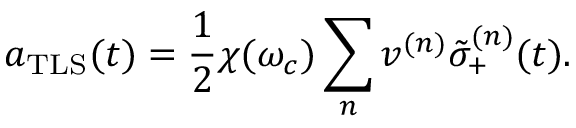
a _ { \mathrm { T L S } } ( t ) = \frac { 1 } { 2 } \chi ( \omega _ { c } ) \sum _ { n } v ^ { ( n ) } \tilde { \sigma } _ { + } ^ { ( n ) } ( t ) .